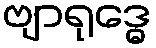
ဗျာရုဒ္ဓေ